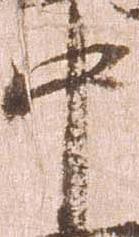
中